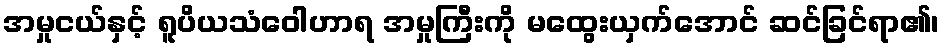
အမှုငယ်နှင့် ရူပိယသံဝေါဟာရ အမှုကြီးကို မထွေးယှက်အောင် ဆင်ခြင်ရာ၏၊